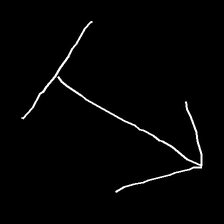
Glyph: levitation